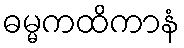
ဓမ္မကထိကာနံ